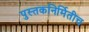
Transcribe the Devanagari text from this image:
पुस्तकनिर्मितीच